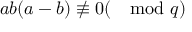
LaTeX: a b ( a - b ) \not \equiv 0 ( \mod q )